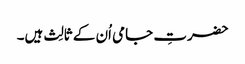
حضرتِ جامی اُن کے ثالِث ہیں۔